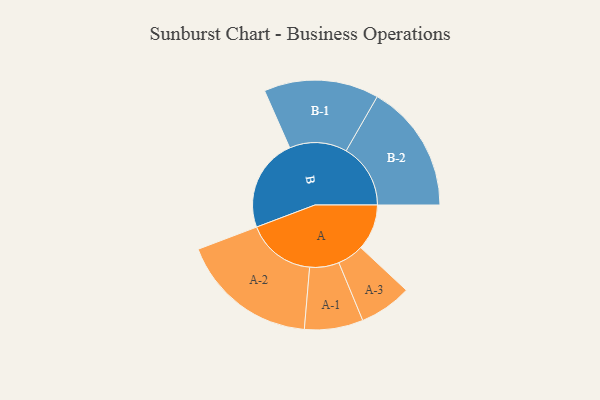
{"axis": {"x": "Segment", "y": "Value"}, "legend": ["", "A", "B"], "data": [{"x": "A", "y": 193, "type": ""}, {"x": "B", "y": 390, "type": ""}, {"x": "A-1", "y": 123, "type": "A"}, {"x": "A-2", "y": 289, "type": "A"}, {"x": "A-3", "y": 110, "type": "A"}, {"x": "B-1", "y": 241, "type": "B"}, {"x": "B-2", "y": 270, "type": "B"}]}